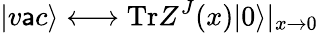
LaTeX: |v\mathsf{a}c\rangle\longleftrightarrow\mathrm{{Tr}}Z^{J}(x)|0\rangle|_{x\to0}